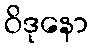
ဝိဒုနော